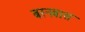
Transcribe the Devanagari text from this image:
बरनबास